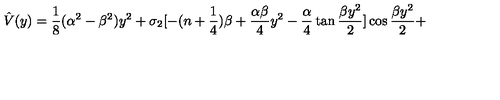
\hat { V } ( y ) = { \frac { 1 } { 8 } } ( \alpha ^ { 2 } - \beta ^ { 2 } ) y ^ { 2 } + \sigma _ { 2 } [ - ( n + { \frac { 1 } { 4 } } ) \beta + { \frac { \alpha \beta } { 4 } } y ^ { 2 } - { \frac { \alpha } { 4 } } \tan { \frac { \beta y ^ { 2 } } { 2 } } ] \cos { \frac { \beta y ^ { 2 } } { 2 } } +